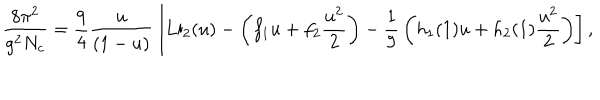
{ \frac { 8 \pi ^ { 2 } } { g ^ { 2 } N _ { c } } } = { \frac { 9 } { 4 } } { \frac { u } { ( 1 - u ) } } \left[ \mathrm { L i } _ { 2 } ( u ) - \left( f _ { 1 } u + f _ { 2 } { \frac { u ^ { 2 } } { 2 } } \right) - { \frac { 1 } { 9 } } \left( h _ { 1 } ( 1 ) u + h _ { 2 } ( 1 ) { \frac { u ^ { 2 } } { 2 } } \right) \right] ,